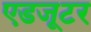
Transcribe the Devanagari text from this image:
एडजूटर